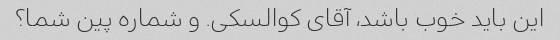
این باید خوب باشد، آقای کوالسکی. و شماره پین ​​شما؟